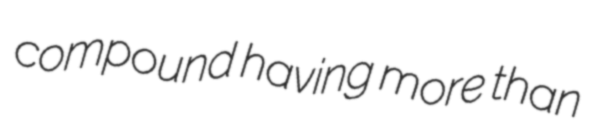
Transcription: compound having more than